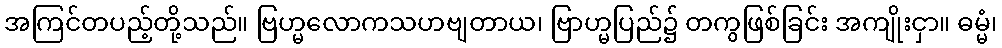
အကြင်တပည့်တို့သည်။ ဗြဟ္မလောကသဟဗျတာယ၊ ဗြာဟ္မပြည်၌ တကွဖြစ်ခြင်း အကျိုးငှာ။ ဓမ္မံ၊